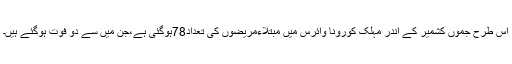
اس طرح جموں کشمیر کے اندر مہلک کورونا وائرس میں مبتلاءمریضوں کی تعداد78ہوگئی ہے،جن میں سے دو فوت ہوگئے ہیں۔